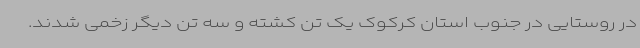
در روستایی در جنوب استان کرکوک یک تن کشته و سه تن دیگر زخمی شدند.